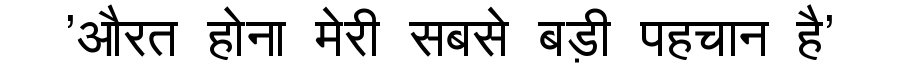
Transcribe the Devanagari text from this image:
'औरत होना मेरी सबसे बड़ी पहचान है'